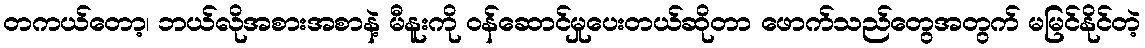
တကယ်တော့၊ ဘယ်လိုအစားအစာနဲ့ မီနူးကို ဝန်ဆောင်မှုပေးတယ်ဆိုတာ ဖောက်သည်တွေအတွက် မမြင်နိုင်တဲ့